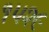
૧૫૨૯